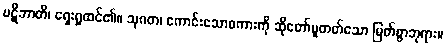
ပဋိဘာတိ၊ ရှေးရှုထင်၏။ သုဂတ၊ ကောင်းသောစကားကို ဆိုတော်မူတတ်သော မြတ်စွာဘုရား။